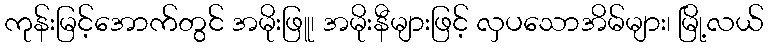
ကုန်းမြင့်အောက်တွင် အမိုးဖြူ၊ အမိုးနီများဖြင့် လှပသောအိမ်များ၊ မြို့လယ်